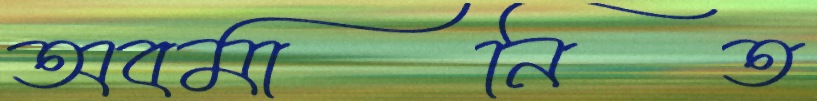
অবমানিত